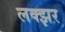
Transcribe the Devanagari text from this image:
लक्झर